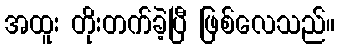
အထူး တိုးတက်ခဲ့ပြီ ဖြစ်လေသည်။